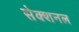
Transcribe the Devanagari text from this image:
सेक्शनल